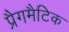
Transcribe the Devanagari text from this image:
प्रैगमैटिक